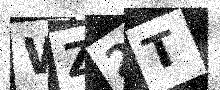
Text: WZ2T